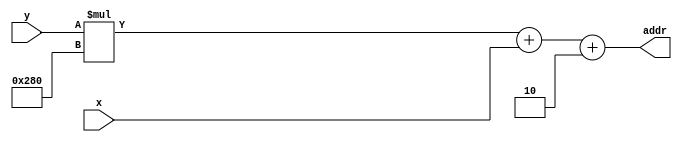
module pixel2addr(
    x,
    y,
    addr
);

parameter VGA_ADDR_WIDTH  = 19;
parameter H_PHY_WIDTH     = 10;
parameter V_PHY_WIDTH     = 9;
parameter H_PHY_MAX       = 10'd639;
parameter V_PHY_MAX       = 9'd479;

input     [H_PHY_WIDTH - 1 : 0] x;
input     [V_PHY_WIDTH - 1 : 0] y;
output [VGA_ADDR_WIDTH - 1 : 0] addr;

assign addr = y * (H_PHY_MAX + 10'd1) + x + 19'd2;

endmodule